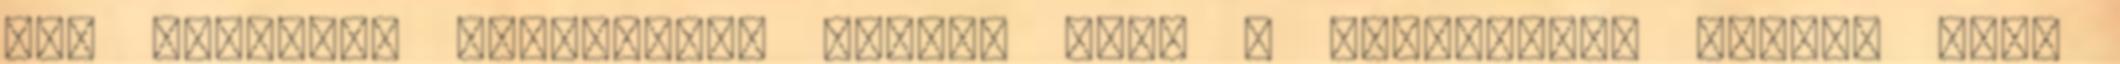
nap virradt, Szkafander rajtad van, A bunkerben, tudom, majd